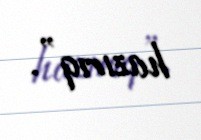
hazırıq”.